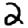
Digit: 2